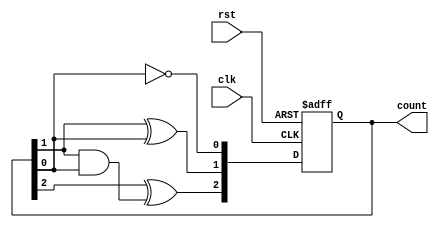
module ripple_counter (
    input wire clk,        // Clock input
    input wire rst,        // Asynchronous active-high reset
    output reg [2:0] count // 3-bit counter output
);

// Always block to implement the counter logic
always @(posedge clk or posedge rst) begin
    if (rst) begin
        count <= 3'b000; // Reset the counter to 0
    end else begin
        count[0] <= ~count[0]; // Toggle the least significant bit
        count[1] <= count[1] ^ count[0]; // Toggle the next bit on count[0] transition
        count[2] <= count[2] ^ (count[1] & count[0]); // Toggle the most significant bit on transition
    end
end

endmodule